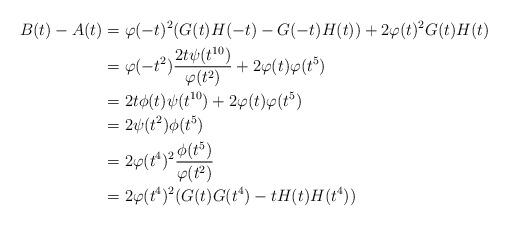
LaTeX: \begin{align*} B(t)-A(t) &= \varphi(-t)^2(G(t)H(-t)-G(-t)H(t))+2\varphi(t)^2G(t)H(t)\\ &= \varphi(-t^2)\dfrac{2t\psi(t^{10})}{\varphi(t^2)}+2\varphi(t)\varphi(t^5)\\ &= 2t\phi(t)\psi(t^{10})+2\varphi(t)\varphi(t^5)\\ &= 2\psi(t^2)\phi(t^5)\\ &= 2\varphi(t^4)^2\frac{\phi(t^5)}{\varphi(t^2)}\\ &= 2\varphi(t^4)^2(G(t)G(t^4)-tH(t)H(t^4))\end{align*}